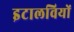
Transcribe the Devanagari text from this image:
इटालवियों